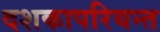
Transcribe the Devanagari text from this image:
दशकापरियन्त